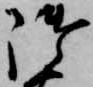
御